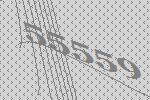
55559